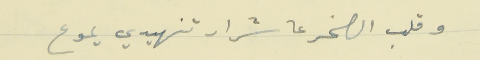
وقلب الصخر عا شرار تنهيدي يموع